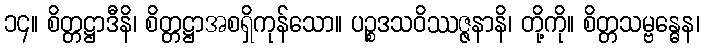
၁၄။ စိတ္တဋ္ဌာဒီနိ၊ စိတ္တဋ္ဌာအစရှိကုန်သော။ ပဉ္စဒသဝိဿဇ္ဇနာနိ၊ တို့ကို။ စိတ္တသမ္ဗန္ဓေန၊